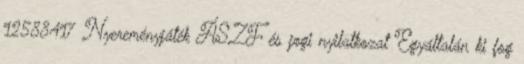
12588417 Nyereményjáték ÁSZF és jogi nyilatkozat Egyáltalán ki fog